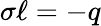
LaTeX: \sigma\ell=-q